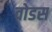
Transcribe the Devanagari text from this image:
वोडस